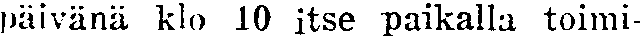
päivänä klo 10 itse paikalla toimi-